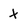
Character: x